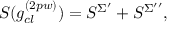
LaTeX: S ( g _ { c l } ^ { ( 2 p w ) } ) = S ^ { \Sigma ^ { \prime } } + S ^ { \Sigma ^ { \prime \prime } } ,